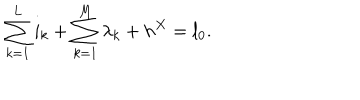
LaTeX: \sum _ { k = 1 } ^ { L } i _ { k } + \sum _ { k = 1 } ^ { M } \lambda _ { k } + h ^ { X } = l _ { 0 } .